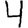
Digit: 4